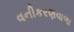
વનીકરણવાળા